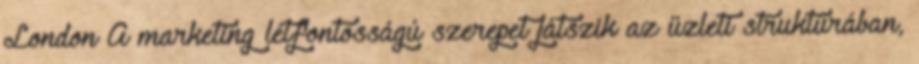
London A marketing létfontosságú szerepet játszik az üzleti struktúrában,